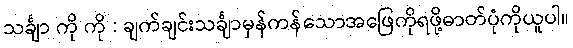
သင်္ချာ ကို ကို : ချက်ချင်းသင်္ချာမှန်ကန်သောအဖြေကိုရဖို့ဓာတ်ပုံကိုယူပါ။